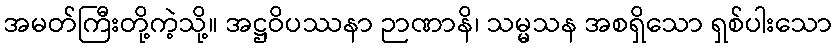
အမတ်ကြီးတို့ကဲ့သို့။ အဋ္ဌဝိပဿနာ ဉာဏာနိ၊ သမ္မသန အစရှိသော ရှစ်ပါးသော